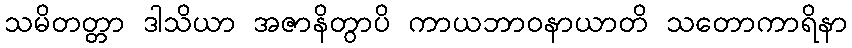
သမိတတ္တာ ဒါသိယာ အဇာနိတွာပိ ကာယဘာဝနာယာတိ သတောကာရိနာ